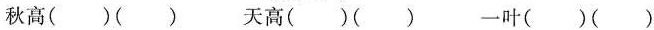
秋高( )( ) 天高( )( ) 一叶( )( )